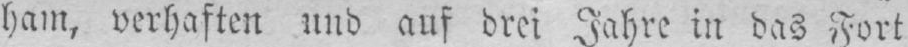
ham, verhaften und auf drei Jahre in das Fort